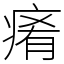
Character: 𤷤